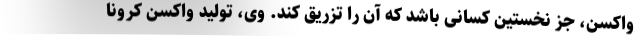
واکسن، جز نخستین کسانی باشد که آن را تزریق کند. وی، تولید واکسن کرونا